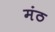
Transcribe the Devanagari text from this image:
मंठ